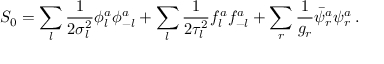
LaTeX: S _ { 0 } = \sum _ { l } { \frac { 1 } { 2 \sigma _ { l } ^ { 2 } } } \phi _ { l } ^ { a } \phi _ { - l } ^ { a } + \sum _ { l } { \frac { 1 } { 2 \tau _ { l } ^ { 2 } } } f _ { l } ^ { a } f _ { - l } ^ { a } + \sum _ { r } { \frac { 1 } { g _ { r } } } \bar { \psi } _ { r } ^ { a } \psi _ { r } ^ { a } \, .